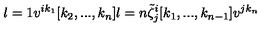
l = 1 v ^ { i k _ { 1 } } [ k _ { 2 } , . . . , k _ { n } ] l = n \tilde { \zeta } _ { j } ^ { i } [ k _ { 1 } , . . . , k _ { n - 1 } ] v ^ { j k _ { n } }